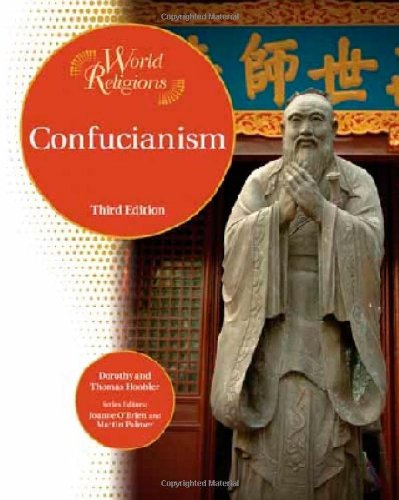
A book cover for Confucianism (World Religions (Facts on File)); Dorothy Hoobler; Teen & Young Adult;